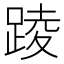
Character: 踜